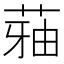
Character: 𮏬